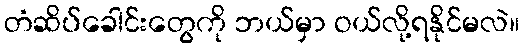
တံဆိပ်ခေါင်းတွေကို ဘယ်မှာ ဝယ်လို့ရနိုင်မလဲ။